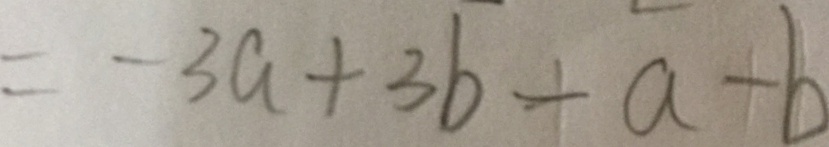
= - 3 a + 3 b + a + b